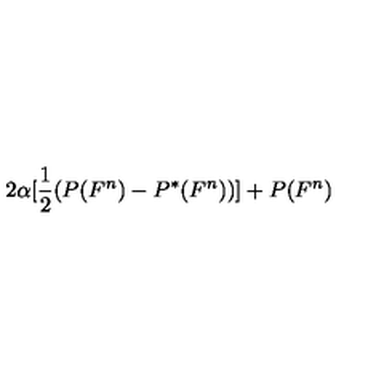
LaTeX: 2 \alpha [ \frac { 1 } { 2 } ( P ( F ^ { n } ) - P ^ { \ast } ( F ^ { n } ) ) ] + P ( F ^ { n } )